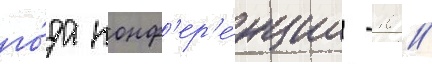
го́да конф'ер'е́нции -10 //